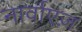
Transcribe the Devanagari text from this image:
नार्वाएज़